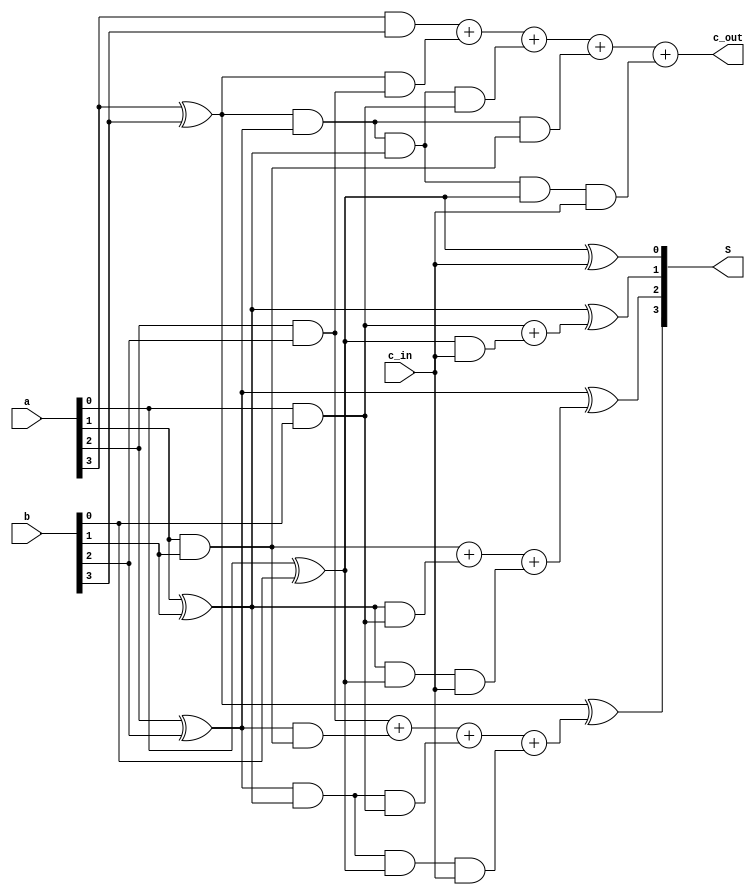
`timescale 1ns / 1ps
//////////////////////////////////////////////////////////////////////////////////
// Company: 
// Engineer: 
// 
// Design Name: 
// Module Name:    CLA 
// Project Name: 
// Target Devices: 
// Tool versions: 
// Description: 
//
// Dependencies: 
//
// Revision: 
// Revision 0.01 - File Created
// Additional Comments: 
//
//////////////////////////////////////////////////////////////////////////////////
module CLA(
    input [3:0] a,
    input [3:0] b,
    input c_in,
    output [3:0] S,
    output  c_out
    );
	 reg [3:0] P, G;
	 reg [4:0] C;
	 //assign C[0] = c_in;
	 // calculating P[]
	 
	 always @(*)
	 begin 
		 P[0] <= a[0] ^ b[0];
		 P[1] <= a[1] ^ b[1];
		 P[2] <= a[2] ^ b[2];
		 P[3] <= a[3] ^ b[3];
		 
		 // calculate G[] parallely
		 G[0] <= a[0] & b[0];
		 G[1] <= a[1] & b[1];
		 G[2] <= a[2] & b[2];
		 G[3] <= a[3] & b[3];

	 end 
	 
	 always @(*)
	 begin
		C[1] <= G[0] + (P[0] & c_in);
		C[2] <= G[1] + (P[1]&G[0]) +(P[1]&P[0]&c_in);
		C[3] <= G[2] + (P[2]&G[1])+(P[2]&P[1]&G[0])+(P[2]&P[1]&P[0]&c_in);
		C[4] <= G[3] + (P[3]&G[2]) + (P[3]&P[2]&P[1]&G[0]) + (P[3]&P[2]&G[1]) + (P[3]&P[2]&P[1]&P[0]&c_in);	
	 end
	 
	 assign c_out = C[4];
	 
		assign S[0] = P[0] ^ c_in;
		assign S[1] = P[1] ^ C[1];
		assign S[2] = P[2] ^ C[2];
		assign S[3] = P[3] ^ C[3];


endmodule